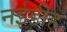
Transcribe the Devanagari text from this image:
नईडीह